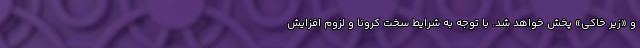
و «زیر خاکی» پخش خواهد شد. با توجه به شرایط سخت کرونا و لزوم افزایش